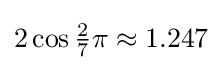
2\cos {\tfrac {2}{7}}\pi \approx 1.247